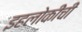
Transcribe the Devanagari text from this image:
इहलोकींची